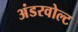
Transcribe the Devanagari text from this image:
अंडरवोल्ट